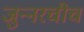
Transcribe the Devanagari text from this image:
जुन्‍नरचीच